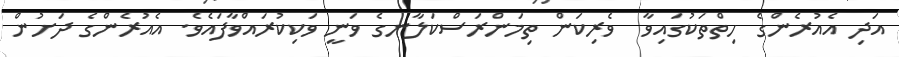
އަދި އެއުރެންގެ ހިތްތަކުގައިވާ  ވެރިކަން ތިމަންރަސްކަލާނގެ ވަނީ ވަކިކުރައްވާފައެވެ. އެއުރެންގެ ދަށުން